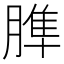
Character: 𦞠